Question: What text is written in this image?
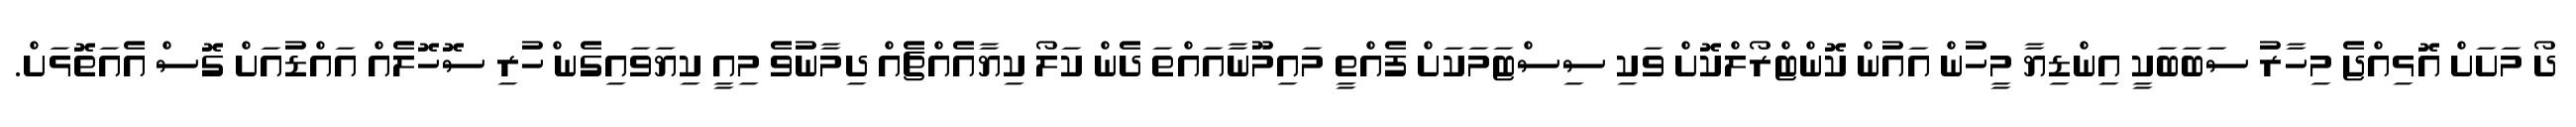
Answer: ދޯ މަށަށް އޮޅިއްޖެ މިހާރު ސަބަބަކީ އިންޑިޔާ މީހުން އައުން ކޮންޓްރޯލްކޮށް ވަކި ސިސްޓަމަކަށް ފެއްތީ މައިމޫނާއައްތަ ދެން ކަލޯ ކިޔާއެއްޗެއް ދިމާނުވެ މިއީ ކިޔަވައިގެނ ްހުރި ސޮހޮލެއް އައްޑުއަށް ގޮސް އެއަތޮޅަށް.